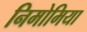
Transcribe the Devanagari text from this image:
निमोमिया